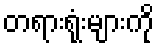
တရားရုံးများကို